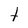
Character: t